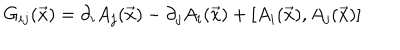
LaTeX: G _ { i j } ( \vec { x } ) = \partial _ { i } A _ { j } ( \vec { x } ) - \partial _ { j } A _ { i } ( \vec { x } ) + [ A _ { i } ( \vec { x } ) , A _ { j } ( \vec { x } ) ]